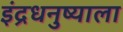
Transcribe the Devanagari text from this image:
इंद्रधनुष्याला